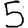
Digit: 5